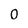
Character: O